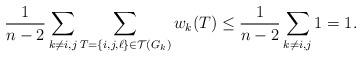
LaTeX: \begin{align*}\frac{1}{n-2}\sum_{k\neq i,j} \sum_{T=\{i,j,\ell\}\in \mathcal{T}(G_k)}w_k(T) \leq\frac{1}{n-2} \sum_{k\neq i,j} 1 =1.\end{align*}